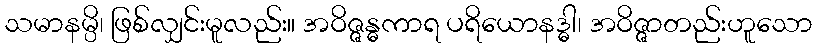
သမာနမ္ပိ၊ ဖြစ်လျှင်းမူလည်း။ အဝိဇ္ဇန္ဓကာရ ပရိယောနဒ္ဓါ၊ အဝိဇ္ဇာတည်းဟူသော